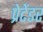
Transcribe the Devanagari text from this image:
प्रेटेंडर